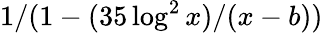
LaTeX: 1/(1-(35\log^{2}x)/(x-b))